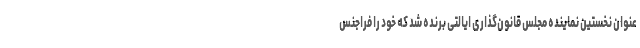
عنوان نخستین نماینده مجلس قانون‌گذاری ایالتی برنده شد که خود را فراجنس